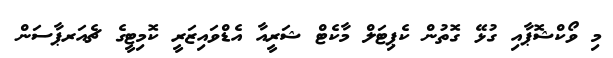
މި ވޯކްޝޮޕާއި ގުޅޭ ގޮތުން ކެޕިޓަލް މާކެޓް ޝަރީއާ އެޑްވައިޒަރީ ކޮމިޓީގެ ޗެއަރޕާސަން